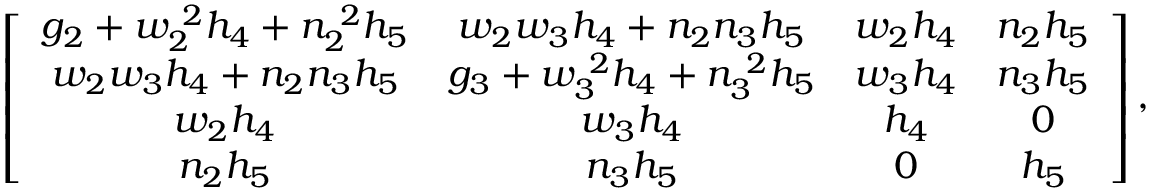
\left[ \begin{array} { c c c c } { { g _ { 2 } + w _ { 2 } ^ { \ 2 } h _ { 4 } + n _ { 2 } ^ { \ 2 } h _ { 5 } } } & { { w _ { 2 } w _ { 3 } h _ { 4 } + n _ { 2 } n _ { 3 } h _ { 5 } } } & { { w _ { 2 } h _ { 4 } } } & { { n _ { 2 } h _ { 5 } } } \\ { { w _ { 2 } w _ { 3 } h _ { 4 } + n _ { 2 } n _ { 3 } h _ { 5 } } } & { { g _ { 3 } + w _ { 3 } ^ { \ 2 } h _ { 4 } + n _ { 3 } ^ { \ 2 } h _ { 5 } } } & { { w _ { 3 } h _ { 4 } } } & { { n _ { 3 } h _ { 5 } } } \\ { { w _ { 2 } h _ { 4 } } } & { { w _ { 3 } h _ { 4 } } } & { { h _ { 4 } } } & { { 0 } } \\ { { n _ { 2 } h _ { 5 } } } & { { n _ { 3 } h _ { 5 } } } & { { 0 } } & { { h _ { 5 } } } \end{array} \right] ,